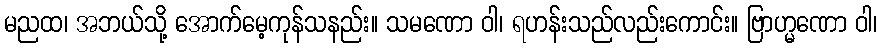
မညထ၊ အဘယ်သို့ အောက်မေ့ကုန်သနည်း။ သမဏော ဝါ၊ ရဟန်းသည်လည်းကောင်း။ ဗြာဟ္မဏော ဝါ၊